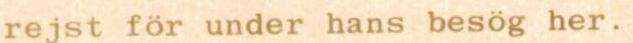
rejst för under hans besög her.